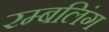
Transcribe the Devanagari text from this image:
रम्बलिंग